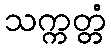
သက္ကတ္တံ